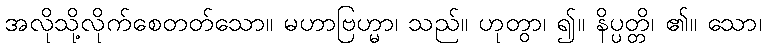
အလိုသို့လိုက်စေတတ်သော။ မဟာဗြဟ္မာ၊ သည်။ ဟုတွာ၊ ၍။ နိပ္ပတ္တိ၊ ၏။ သော၊